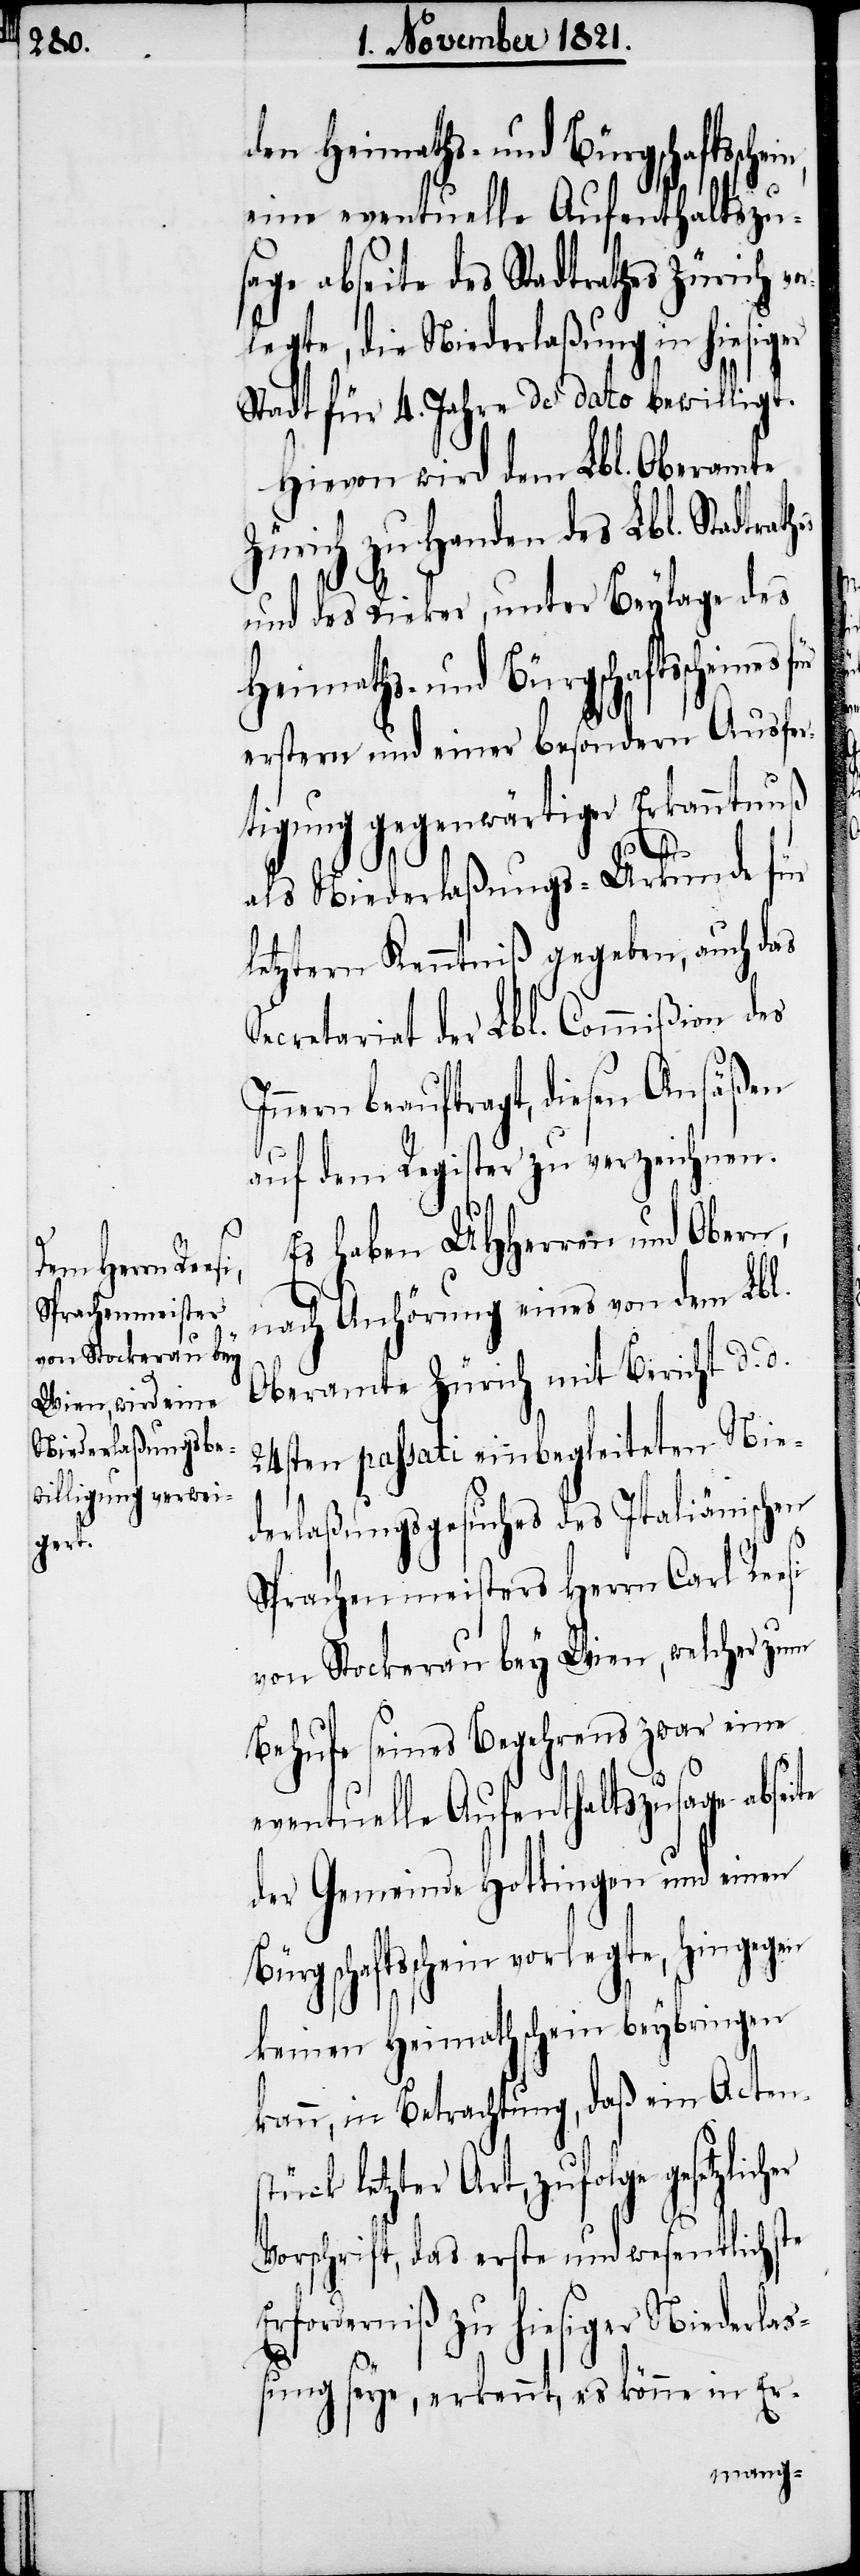
cher

eine eventuelle Aufenthaltszu¬
sage abseite des Stadtrathes Zürich vo¬
rlegte, die Niederlaßung in hiesig¬
Stadt für 4. Jahre de dato bewilligt.
Hievon wird dem Lbl. Oberamte
Zürich zu Handen des Lbl. Stadtrat¬
und des Kieker, unter Beylage des
Heimaths- und Bürgschaftsscheins
erstern und einer besondern Ausfer¬
tigung gegenwärtiger Erkanntnuß
als Niederlaßungs-Urkunde für
letztern Kenntniß gegeben, auch das
Secretariat der Lbl. Commißion des
Innern beauftragt, diesen Ansäßen
auf dem Register zu verzeichnen.
Es haben UHHerren und Obern
nach Anhörung eines von dem Lbl.
Oberamte Zürich mit Bericht d. d.
24sten passati einbegleiteten Nie¬
derlaßungsgesuch des Italiänischen
Sprachenmeisters Herrn Carl Reesi
von Stockerau bey Wien, welcher zum
Behufe seines Begehrens zwar eine
eventuelle Aufenthaltszusage absei¬
der Gemeinde Hottingen und einen
Bürgschaftsschein vorlegte, hingegen
keinen Heimathschein beybringen
kann, in Betrachtung, daß ein Actens¬
tück letzter Art, zufolge gesetzli¬
Vorschrift, das erste und wesentlichste
Erforderniß zu hiesiger Niederla¬
ßung seye, erkennt, es könne in Er-